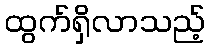
ထွက်ရှိလာသည့်